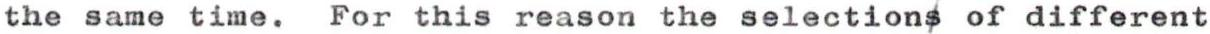
the same time. For this reason the selections of different